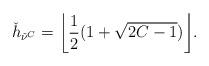
LaTeX: \begin{align*}\check h_{\check \nu^C} = \bigg\lfloor \frac12 ( 1 + \sqrt{ 2C - 1} ) \bigg\rfloor .\end{align*}